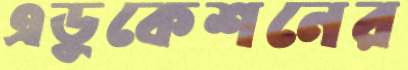
এডুকেশনের